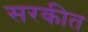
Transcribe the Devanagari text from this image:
सरकीत